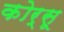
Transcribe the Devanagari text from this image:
कोर्सू